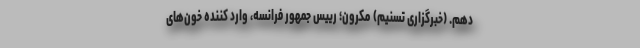
دهم. (خبرگزاری تسنیم) مکرون؛ رییس جمهور فرانسه، وارد کننده خون‌های